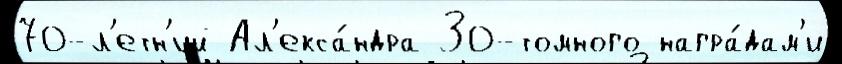
70-л'етн'ий Ал'екса́ндра 30-томного награ́дам'и